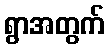
ရွာအတွက်